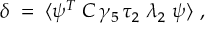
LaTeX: \delta \; = \; \langle \psi ^ { T } \; C \, \gamma _ { 5 } \, \tau _ { 2 } \; \lambda _ { 2 } \; \psi \rangle ~ ,